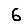
Digit: 6